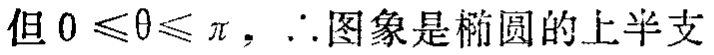
但 \(0\leqslant\theta\leqslant\pi\)，\(\therefore\)图象是椭圆的上半支